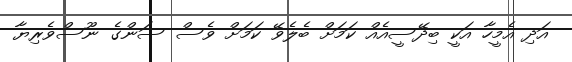
އަދި އެމީހާ އަކީ ބިދޭސީއެއް ކަމަށް ބެލެވޭ ކަމަށް ވެސް ސަންގެ ނޫސްވެރިޔާ